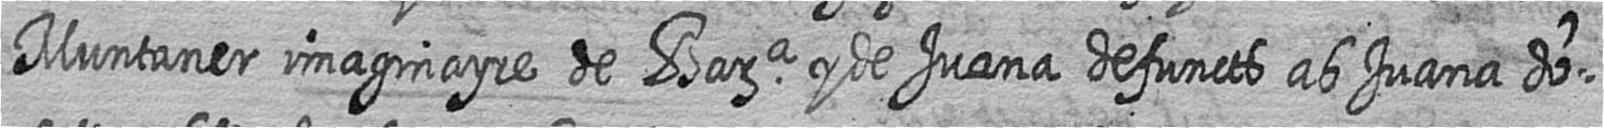
Muntaner imaginayre de Bara y de Juana defuncts ab Juana do=